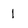
Character: 1